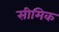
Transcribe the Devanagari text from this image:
सीमिक